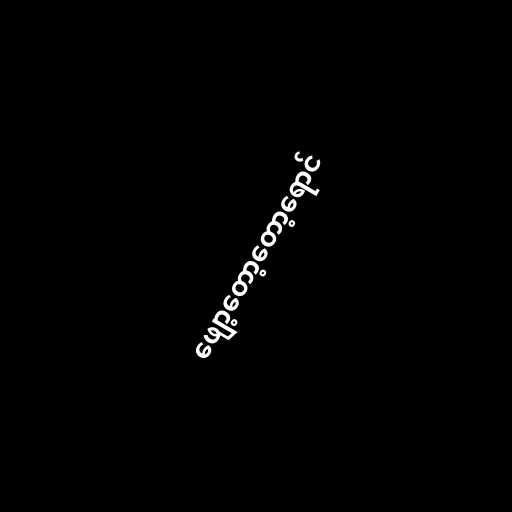
ဖျော့တော့တော့ရောင်